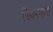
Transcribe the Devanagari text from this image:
स्थिरपणा